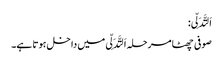
اَلتَّدَلِّی:
صوفی چھٹا مرحلہ اَلتَّدَلِّی میں داخل ہوتا ہے۔